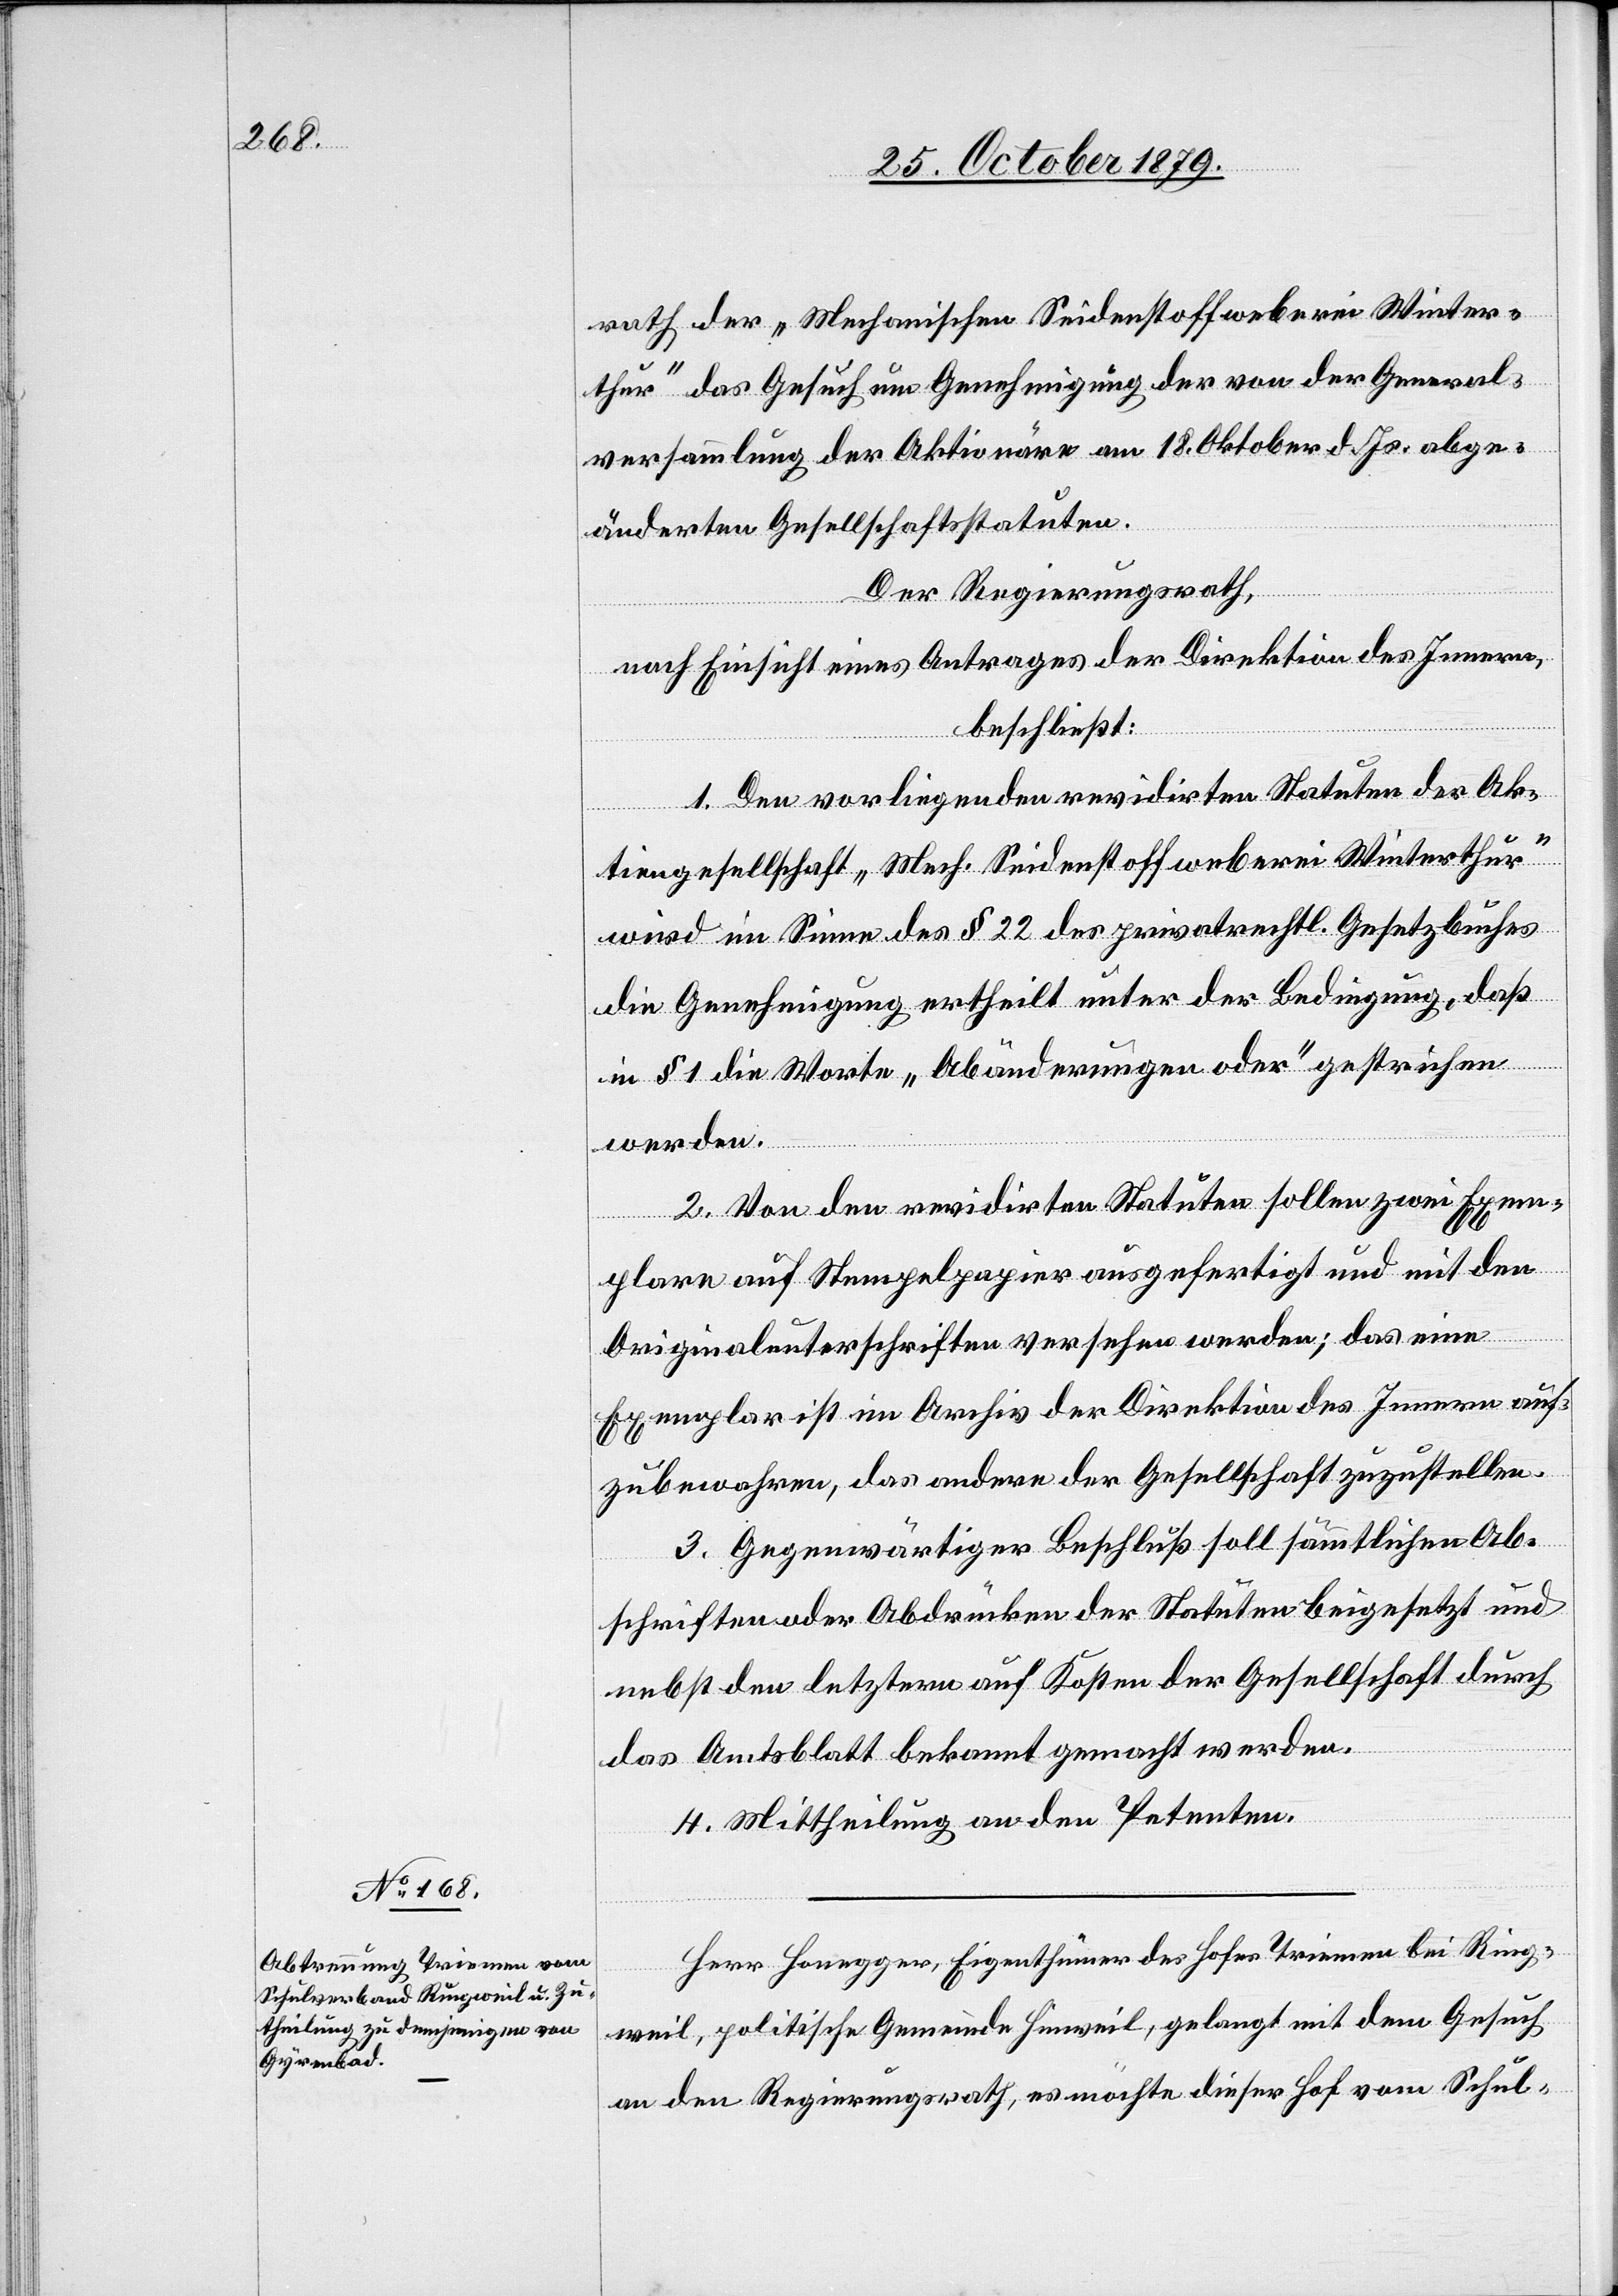
rath der „Mechanischen Seidenstoffweberei Winter¬
thur“ das Gesuch um Genehmigung der von der General¬
versammlung der Aktionäre am 18. Oktober d. Js. abge¬
änderten Gesellschaftsstatuten.
Der Regierungsrath,
nach Einsicht eines Antrages der Direktion des Innern,
beschließt:
1. Den vorliegenden revidirten Statuten der Ak¬
tiengesellschaft „Mech. Seidenstoffweberei Winterthur“
wird im Sinne des § 22 des privatrechtl. Gesetzbuches
die Genehmigung ertheilt unter der Bedingung, daß
in § 1 die Worte „Abänderungen oder“ gestrichen
werden.
2. Von den revidirten Statuten sollen zwei Exem¬
plare auf Stempelpapier ausgefertigt und mit den
Originalunterschriften versehen werden; das eine
Exemplar ist im Archiv der Direktion des Innern auf¬
zubewahren, das andere der Gesellschaft zuzustellen.
3. Gegenwärtiger Beschluß soll sämmtlichen Ab¬
schriften oder Abdrücken der Statuten beigesetzt und
nebst den letztern auf Kosten der Gesellschaft durch
das Amtsblatt bekannt gemacht werden.
4. Mittheilung an den Petenten.
Herr Honegger, Eigenthümer des Hofes Triemen bei Ring¬
weil, politische Gemeinde Hinwil, gelangt mit dem Gesuch
an den Regierungsrath, es möchte dieser Hof vom Schul-